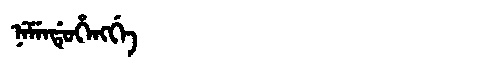
Manchu: ᠨᡝᠮᡝᠨᡩᡠᡥᡝᠩᡤᡝ
Romanization: NEMENDUHENGGE